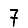
Digit: 7